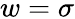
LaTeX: w=\sigma